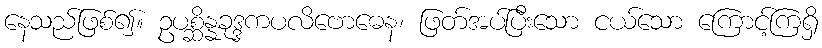
နေသည်ဖြစ်၍။ ဥပစ္ဆိန္နခုဒ္ဒကပလိဗောဓေန၊ ဖြတ်အပ်ပြီးသော ငယ်သော ကြောင့်ကြရှိ